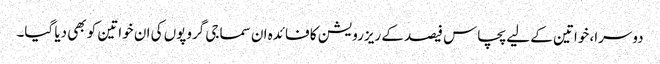
دوسرا، خواتین کے لیے پچاس فیصد کے ریزرویشن کا فائدہ ان سماجی گروپوں کی ان خواتین کو بھی دیا گیا۔